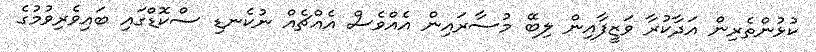
ކުޅުންތެރިން އަދާކުރާ ވަޒީފާއިން ލިބޭ މުސާރައިން އެއްވެސް އެއްޗެއް ނުކެނޑި ސްކޮޑްގައި ބައިވެރިވުމުގެ